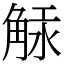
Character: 觨